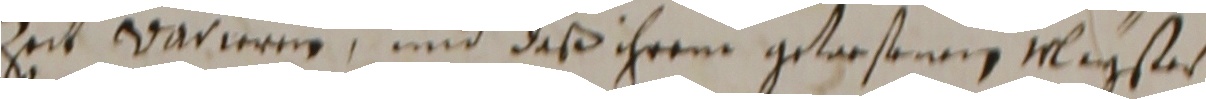
zeit varieren und daß ihrem getorsenem megstes